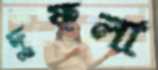
দুফলা